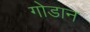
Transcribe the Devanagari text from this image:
गोडान